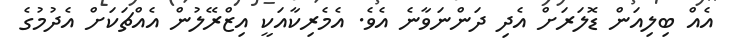
އެއް ބިލިއަން ޑޮލަރަށް އެދި ދަންނަވާނެ އެވެ. އެމެރިކާއަކީ އިޒްރޭލުން އެއްޗަކަށް އެދުމުގެ